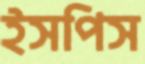
ইসপিস